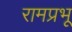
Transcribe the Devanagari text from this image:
रामप्रभू